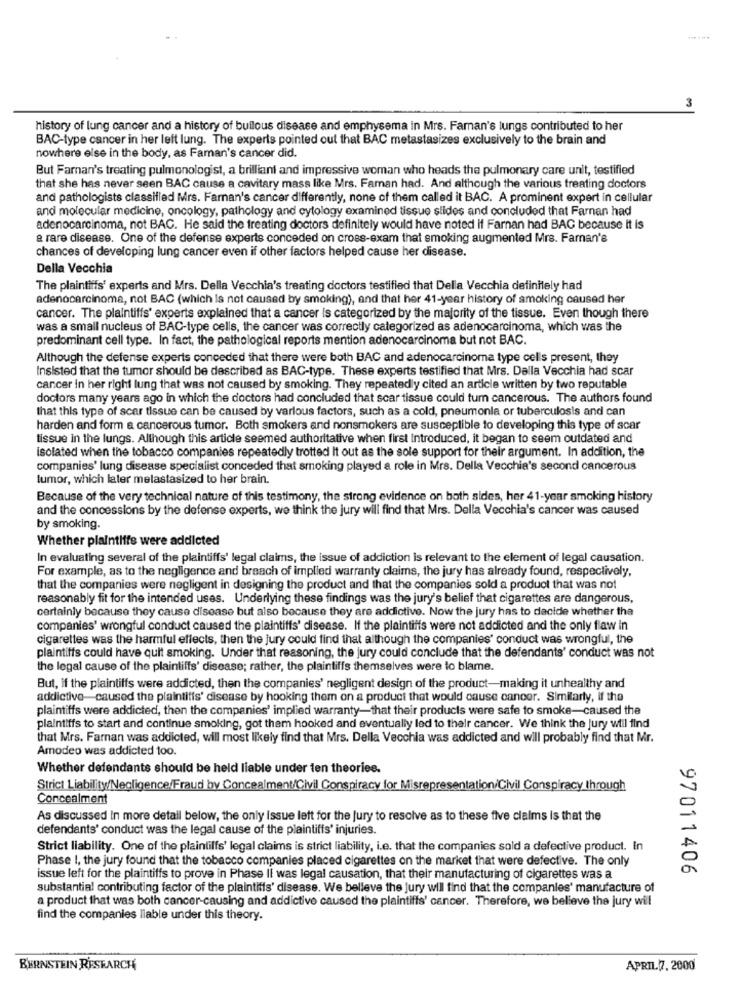
3
history of lung cancer and a history of bullous disease and emphysema in Mrs. Faman's lungs contributed to her
BAC-type cancer in her left lung. The experts pointed out that BAC metastasizes exclusively to the brain and
nowhere else in the body, as Faman's cancer did.
But Farnan's treating pulmonologist, a brilliant and impressive woman who heads the pulmonary care unit, testified
that she has never seen BAC cause a cavitary mass like Mrs. Faman had. And although the various treating doctors
and pathologists classified Mrs. Faman's cancer differently, none of them called it BAC. A prominent expert in cellular
and molecular medicine, oncology, pathology and cytology examined tissue slides and concluded that Farnan had
adenocarcinoma, not BAC. He said the treating doctors definitely would have noted if Farnan had BAG because it is
a rare disease. One of the defense experts conceded on cross-exam that smoking augmented Mrs. Faman's
chances of developing lung cancer even if other factors helped cause her disease.
Della Vecchia
The plaintiffs' experts and Mrs. Della Vecchia's treating doctors testified that Della Vecchia definitely had
adenocarcinoma, not BAC (which is not caused by smoking), and that her 41-year history of smoking caused her
cancer. The plaintiffs' experts explained that a cancer is categorized by the majority of the tissue. Even though there
was a small nucleus of BAC-type cells, the cancer was correctly categorized as adenocarcinoma, which was the
predominant cell type. In fact, the pathological reports mention adenocarcinoma but not BAC.
Although the defense experts conceded that there were both BAC and adenocarcinoma type cells present, they
Insisted that the tumor should be described as BAC-type. These experts testified that Mrs. Dalla Vecchia had scar
cancer in her right lung that was not caused by smoking. They repeatedly cited an article written by two reputable
doctors many years ago in which the doctors had concluded that scar tissue could tum cancerous. The authors found
that this type of scar tissue can be caused by various factors, such as a cold, pneumonia or tuberculosis and can
harden and form a cancerous tumor. Both smokers and nonsmokers are susceptible to developing this type of scar
tissue in the lungs. Although this article seemed authoritative when first introduced, it began to seem outdated and
isolated when the tobacco companies repeatedly trotted It out as the sole support for their argument. In addition, the
companies' lung disease specialist conceded that smoking played a role in Mrs. Della Vecchia's second cancerous
tumor, which later metastasized to her brain.
Because of the very technical nature of this testimony, the strong evidence on both sides, her 41-year smoking history
and the concessions by the defense experts, we think the jury will find that Mrs. Della Vecchia's cancer was caused
by smoking.
Whether plaintiffs were addicted
In evaluating several of the plaintiffs' legal claims, the issue of addiction is relevant to the element of legal causation.
For example, as to the negligence and breach of implied warranty claims, the jury has already found, respectively,
that the companies were negligent in designing the product and that the companies sold a product that was not
reasonably fit for the intended uses. Underlying these findings was the jury's belief that cigarettes are dangerous,
certainly because they cause disease but also because they are addictive. Now the jury has to decide whether the
companies' wrongful conduct caused the plaintiffs' disease. If the plaintiffs were not addicted and the only flaw in
cigarettes was the harmful effects, then the jury could find that although the companies' conduct was wrongful, the
plaintiffs could have quit smoking. Under that reasoning, the jury could conclude that the defendants' conduct was not
the legal cause of the plaintiffs' disease; rather, the plaintiffs themselves were to blame.
But, if the plaintiffs were addicted, then the companies' negligent design of the product-making it unhealthy and
addictive-caused the plaintiffs' disease by hooking them on a product that would cause cancer. Similarly, if the
plaintiffs were addicted, then the companies' implied warranty-that their products were safe to smoke-caused the
plaintiffs to start and continue smoking, got them hooked and eventually led to their cancer. We think the jury will find
that Mrs. Farnan was addicted, will most likely find that Mrs. Della Vecchia was addicted and will probably find that Mr.
Amodeo was addicted 100.
Whether defendants should be held liable under ten theoriee.
Strict Liability/Negligence/Fraud by Concealment/Civil Conspiracy for Misrepresentation/Civil Conspiracy through
Concealment
As discussed in more detail below, the only issue left for the jury to resolve as to these five claims is that the
defendants' conduct was the legal cause of the plaintiffs' injuries.
Strict liability. One of the plaintiffs' legal claims is strict liability, i.e. that the companies sold a defective product. In
Phase I, the jury found that the tobacco companies placed cigarettes on the market that were defective. The only
97011406
issue left for the plaintiffs to prove in Phase II was legal causation, that their manufacturing of cigarettes was a
substantial contributing factor of the plaintiffs' disease. We believe the jury will find that the companies' manufacture of
a product that was both cancer-causing and addictive caused the plaintiffs' cancer. Therefore, we believe the jury will
find the companies liable under this theory.
BERNSTEIN RESEARCH
APRIL7, 2000